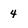
Character: 4